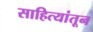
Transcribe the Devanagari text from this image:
साहित्यांतून